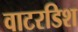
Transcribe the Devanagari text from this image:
वाटरडिश